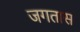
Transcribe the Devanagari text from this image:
जगतास